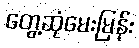
တွေ့ဆုံမေးမြန်း